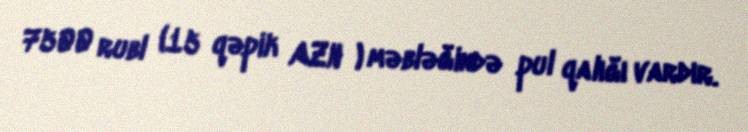
7500 rubl (15 qəpik AZN ) məbləğində pul qalığı vardır.